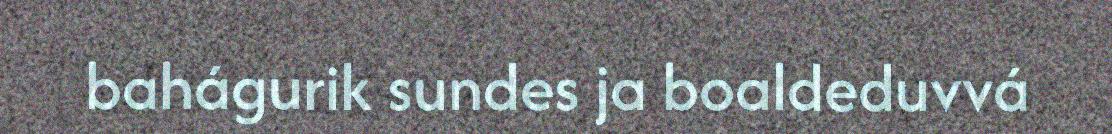
bahágurik sundes ja boaldeduvvá